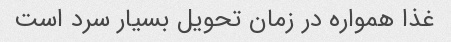
غذا همواره در زمان تحویل بسیار سرد است